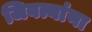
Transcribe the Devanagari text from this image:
जिवत्यांना